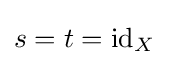
s=t=\mathrm {id} _{X}